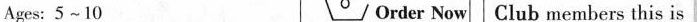
Ages: 5 ~10 Order Now Club members this is